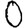
Digit: 0